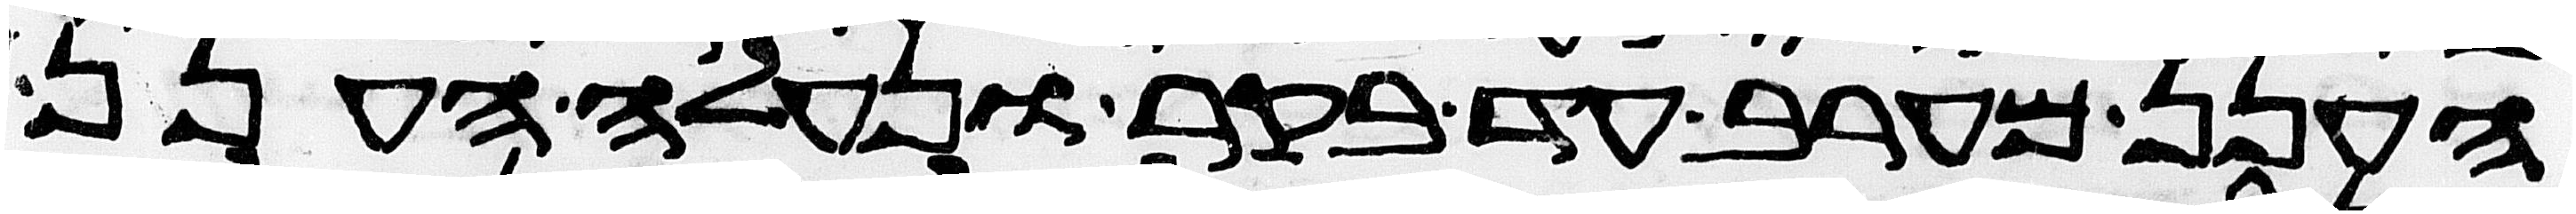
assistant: הענן מערב עד בקר ונעלה הענן